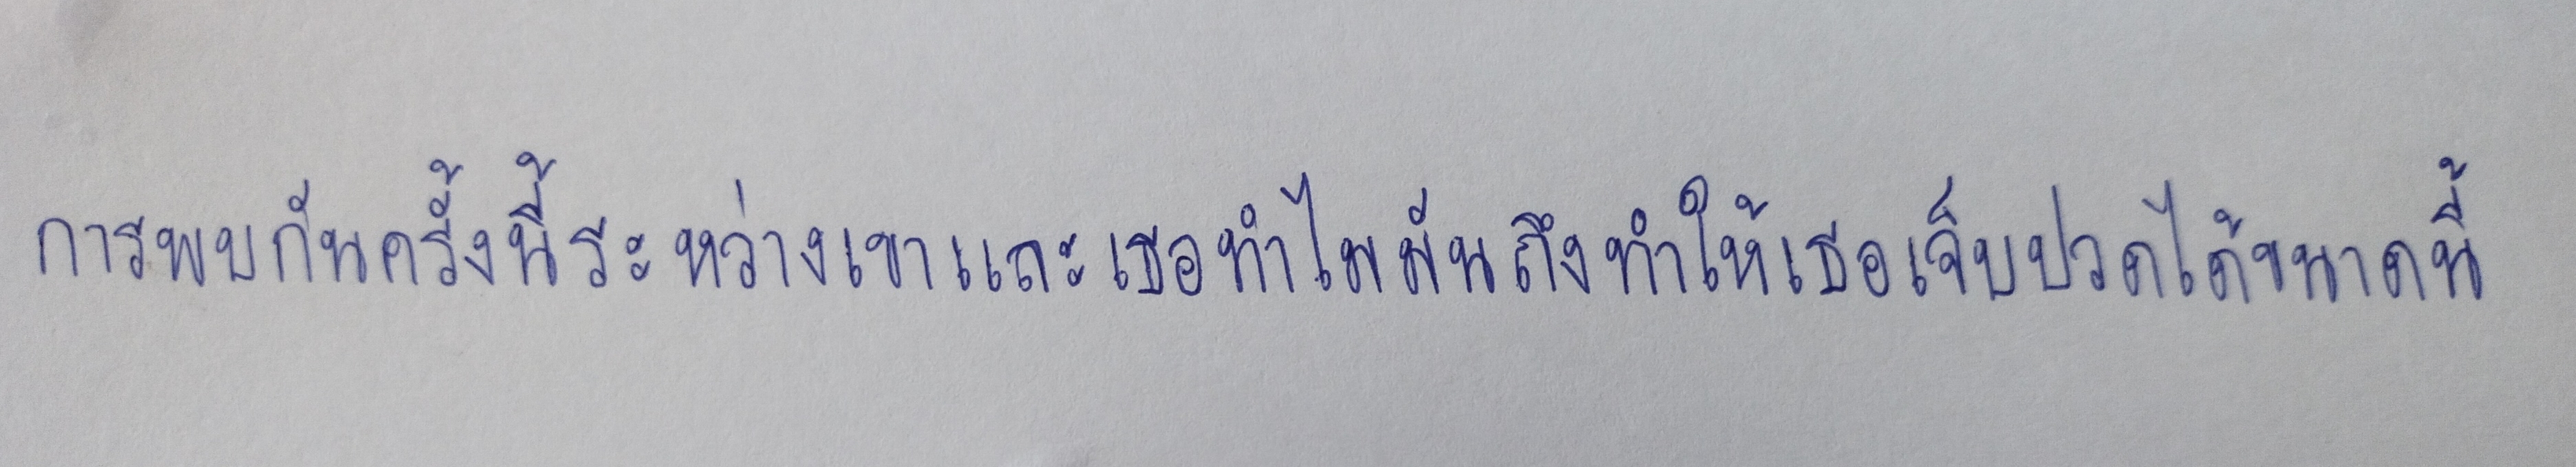
การพบกันครั้งนี้ระหว่างเขาและเธอทำไมมันถึงทำให้เธอเจ็บปวดได้ขนาดนี้